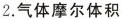
2.气体摩尔体积